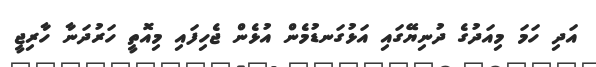
އަދި ހަމަ މިއަދުގެ ދުނިޔޭގައި އަޅުގަނޑުމެން އުޅެން ޖެހިފައި މިއޮތީ ހަރުދަނާ ހާރިޖީ